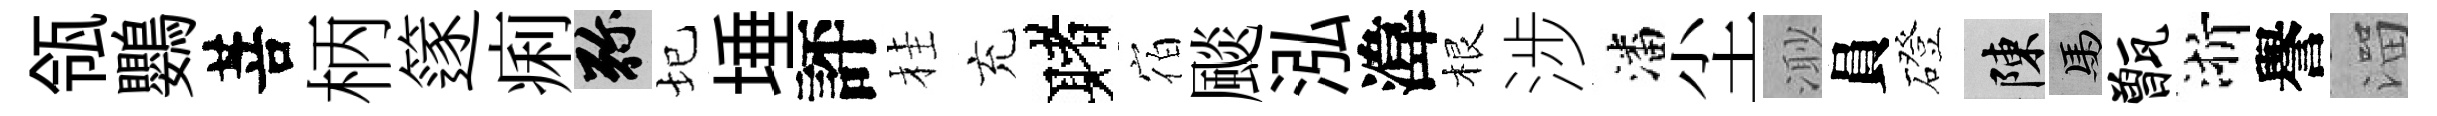
瓴鸚菩柄篴痢弥圮埵評桂充赌宿颷泓湋根涉潘尘𣺌員磴陳馬甑浙譽溜